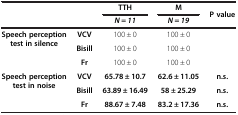
<table><thead><tr><td><b> </b></td><td><b> </b></td><td><b>TTH</b></td><td><b>M</b></td><td><b>P value</b></td></tr><tr><td><b> </b></td><td><b> </b></td><td><b><i>N</i> = <i>11</i></b></td><td><b><i>N</i> = <i>19</i></b></td><td><b> </b></td></tr></thead><tbody><tr><td rowspan="3"><b>Speech perception test in silence</b></td><td><b>VCV</b></td><td>100 ± 0</td><td>100 ± 0</td><td> </td></tr><tr><td><b>Bisill</b></td><td>100 ± 0</td><td>100 ± 0</td><td> </td></tr><tr><td><b>Fr</b></td><td>100 ± 0</td><td>100 ± 0</td><td> </td></tr><tr><td rowspan="2"><b>Speech perception test in noise</b></td><td><b>VCV</b></td><td><b>65.78 ± 10.7</b></td><td><b>62.6 ± 11.05</b></td><td><b>n.s.</b></td></tr><tr><td><b>Bisill</b></td><td><b>63.89 ± 16.49</b></td><td><b>58 ± 25.29</b></td><td><b>n.s.</b></td></tr><tr><td> </td><td><b>Fr</b></td><td><b>88.67 ± 7.48</b></td><td><b>83.2 ± 17.36</b></td><td><b>n.s.</b></td></tr></tbody></table>